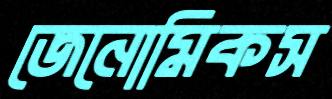
জেনোমিকস